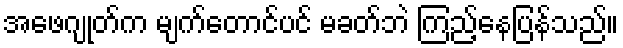
အဖေဂျုတ်က မျက်တောင်ပင် မခတ်ဘဲ ကြည့်နေပြန်သည်။